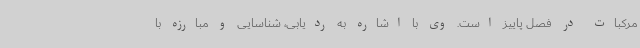
مرکبات در فصل پاییز است. وی با اشاره به ردیابی، شناسایی و مبارزه با